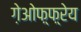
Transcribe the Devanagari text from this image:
ग़ेओफ़्फ़्रेय